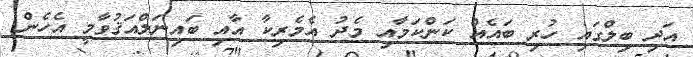
އަދި ބިލްގައި ހުރި ބައެއް ކަންކަމާއި މެދު އެމެރިކާ އާއި ބައިނަލްއަޤުވާމީ އެހެން